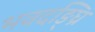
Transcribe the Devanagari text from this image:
भवदङ्घ्रि